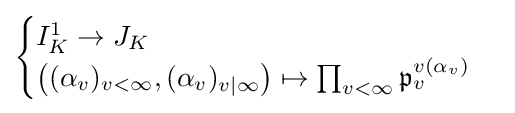
{\begin{cases}I_{K}^{1}\to J_{K}\\\left((\alpha _{v})_{v<\infty },(\alpha _{v})_{v|\infty }\right)\mapsto \prod _{v<\infty }{\mathfrak {p}}_{v}^{v(\alpha _{v})}\end{cases}}